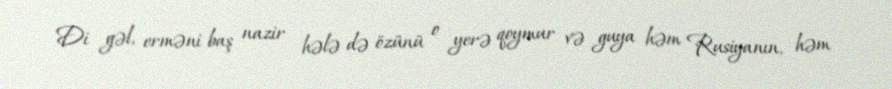
Di gəl, erməni baş nazir hələ də özünü o yerə qoymur və guya həm Rusiyanın, həm